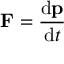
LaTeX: \mathbf { F } = { \frac { \mathrm { d } \mathbf { p } } { \mathrm { d } t } }